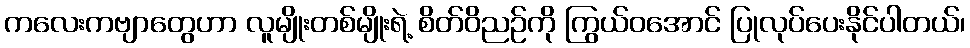
ကလေးကဗျာတွေဟာ လူမျိုးတစ်မျိုးရဲ့ စိတ်ဝိညဉ်ကို ကြွယ်ဝအောင် ပြုလုပ်ပေးနိုင်ပါတယ်၊